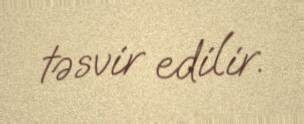
təsvir edilir.